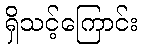
ရှိသင့်ကြောင်း